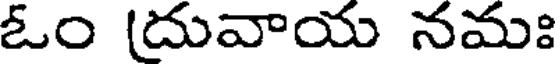
ఓం (దువాయ నమః